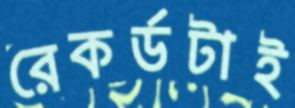
রেকর্ডটাই